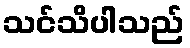
သင်သိပါသည်